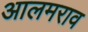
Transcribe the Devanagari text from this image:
आलमराव